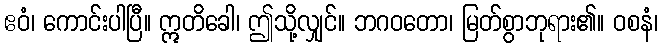
ဧဝံ၊ ကောင်းပါပြီ။ ဣတိခေါ၊ ဤသို့လျှင်။ ဘဂဝတော၊ မြတ်စွာဘုရား၏။ ဝစနံ၊